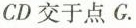
CD交于点G.